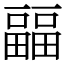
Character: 㽬